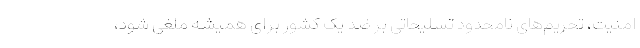
امنیت، تحریم‌های نامحدود تسلیحاتی بر ضد یک کشور برای همیشه ملغی شود،